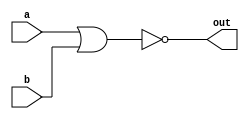
module top_module( 
    input a, 
    input b, 
    output out );
    assign out = ~(a|b); //NOR gate using bitwise OR  and NOT operators

endmodule